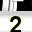
Digit: 2